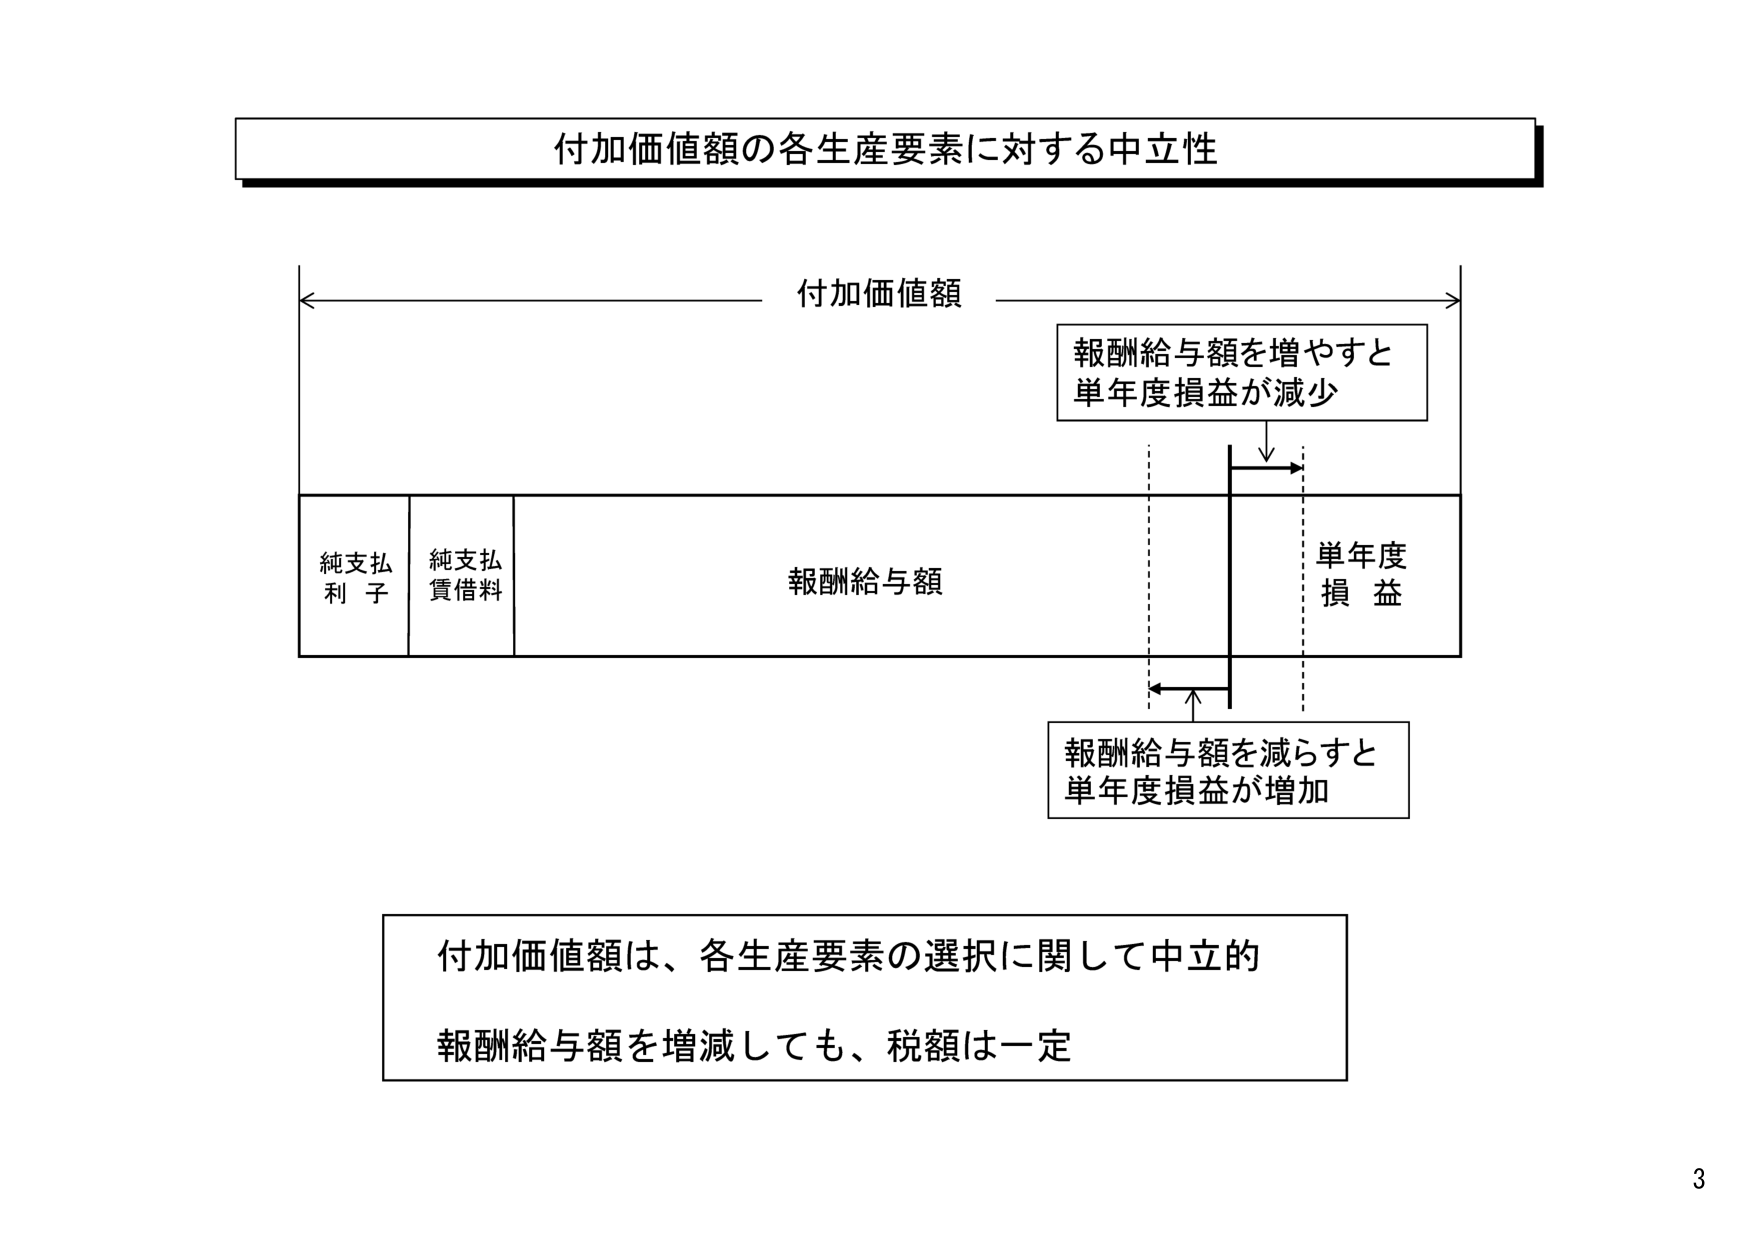
付加価値額の各生産要素に対する中立性

付加価値額

純支払
利 子

純支払
賃借料

報酬給与額

単年度
損 益

報酬給与額を増やすと
単年度損益が減少

報酬給与額を減らすと
単年度損益が増加

付加価値額は、各生産要素の選択に関して中立的
報酬給与額を増減しても、税額は一定

3